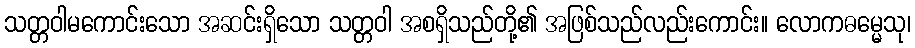
သတ္တဝါမကောင်းသော အဆင်းရှိသော သတ္တဝါ အစရှိသည်တို့၏ အဖြစ်သည်လည်းကောင်း။ လောကဓမ္မေသု၊